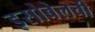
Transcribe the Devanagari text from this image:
इसोबेलची